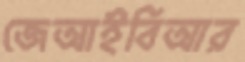
জেআইবিআর